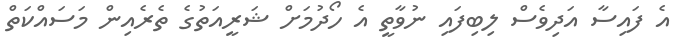
އެ ފައިސާ އަދިވެސް ލިބިފައި ނުވާތީ އެ ހޯދުމަށް ޝަރީއަތުގެ ތެރެއިން މަސައްކަތް